On the importance of larval characters in the classification of mosquitoes - Number 25
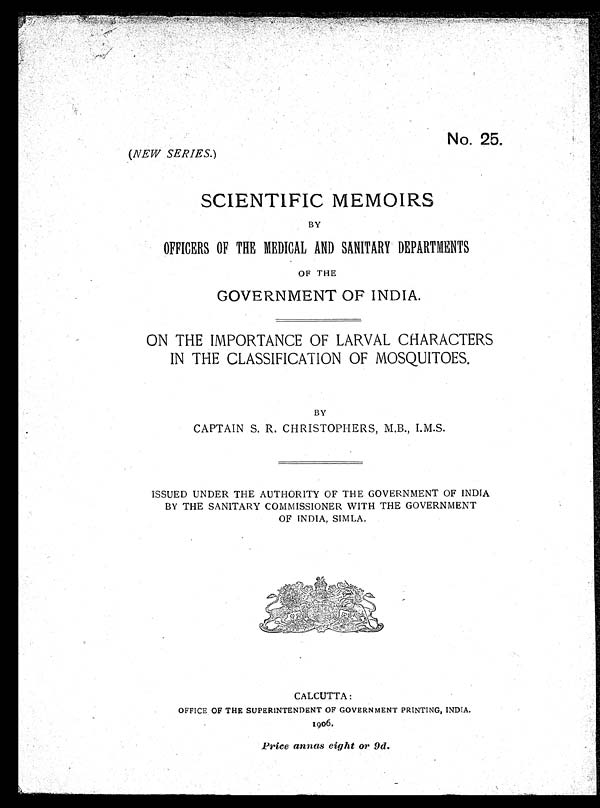
No. 25.
( NEW SERIES. )
SCIENTIFIC MEMOIRS
BY
OFFICERS OF THE MEDICAL AND SANITARY DEPARTMENTS
OF THE
GOVERNMENT OF INDIA.
ON THE IMPORTANCE OF LARVAL CHARACTERS
IN THE CLASSIFICATION OF MOSQUITOES.
BY
CAPTAIN S. R. CHRISTOPHERS, M.B., I.M.S.
ISSUED UNDER THE AUTHORITY OF THE GOVERNMENT OF INDIA
BY THE SANITARY COMMISSIONER WITH THE GOVERNMENT
OF INDIA, SIMLA.
CALCUTTA:
OFFICE OF THE SUPERINTENDENT OF GOVERNMENT PRINTING, INDIA.
1906
.
Price annas eight or 9d .